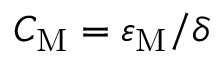
C _ { \mathrm { M } } = \varepsilon _ { \mathrm { M } } / \delta